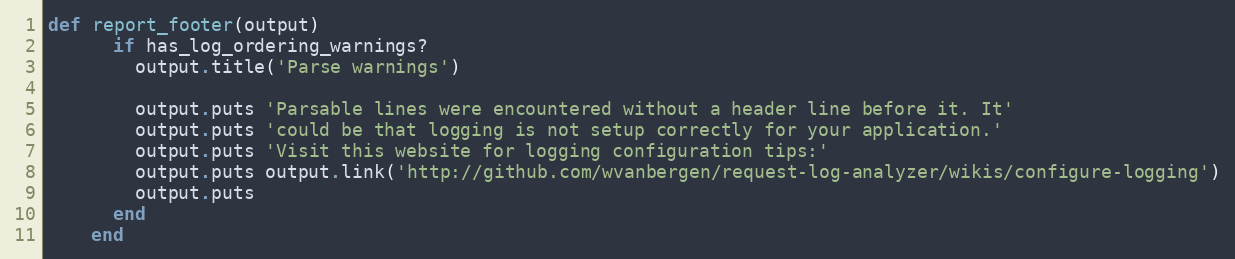
Language: Ruby
def report_footer(output)
      if has_log_ordering_warnings?
        output.title('Parse warnings')

        output.puts 'Parsable lines were encountered without a header line before it. It'
        output.puts 'could be that logging is not setup correctly for your application.'
        output.puts 'Visit this website for logging configuration tips:'
        output.puts output.link('http://github.com/wvanbergen/request-log-analyzer/wikis/configure-logging')
        output.puts
      end
    end